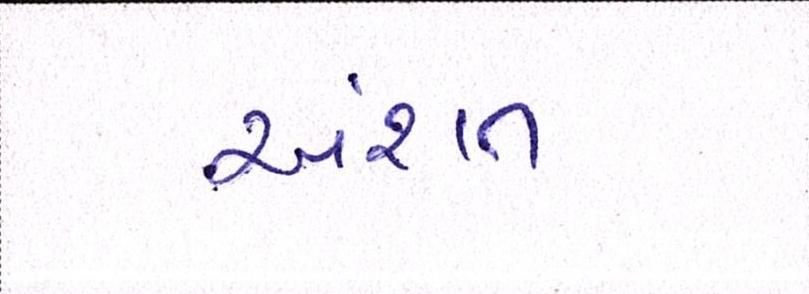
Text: અંશત